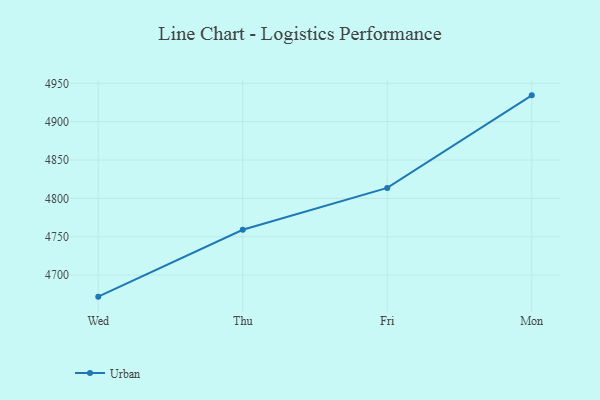
{"axis": {"x": "Day", "y": "Inventory Turnover"}, "legend": ["Urban"], "data": [{"x": "Wed", "y": 4671.9, "type": "Urban"}, {"x": "Thu", "y": 4759.1, "type": "Urban"}, {"x": "Fri", "y": 4813.6, "type": "Urban"}, {"x": "Mon", "y": 4934.3, "type": "Urban"}]}